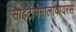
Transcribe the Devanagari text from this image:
साइटोमेगालोवायरस